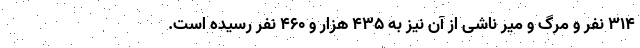
۳۱۴ نفر و مرگ و میر ناشی از آن نیز به ۴۳۵ هزار و ۴۶۰ نفر رسیده است.